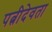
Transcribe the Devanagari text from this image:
पत्नीदेवता